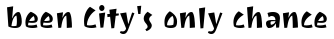
been City's only chance